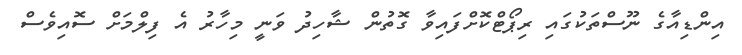
އިންޑިއާގެ ނޫސްތަކުގައި ރިޕޯޓްކޮށްފައިވާ ގޮތުން ޝާހިދު ވަނީ މިހާރު އެ ފިލްމަށް ސޮއިވެސް